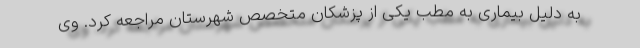
به دلیل بیماری به مطب یکی از پزشکان متخصص شهرستان مراجعه کرد. وی